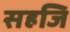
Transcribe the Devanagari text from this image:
सहजि